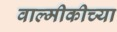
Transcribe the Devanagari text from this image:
वाल्मीकीच्या